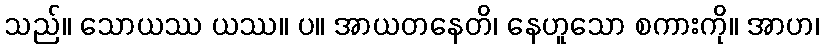
သည်။ သောယဿ ယဿ။ ပ။ အာယတနေတိ၊ နေဟူသော စကားကို။ အာဟ၊